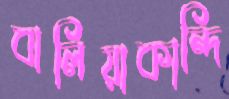
বালিয়াকান্দি